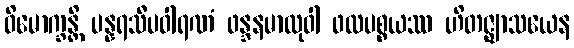
ဝိမောက္ခန္တိ ပန္နရသီပဝါရဏံ ဖန္ဒနမာလုဝါ ဖလပစ္စယဿ ဟိတဇ္ဈာသယေန